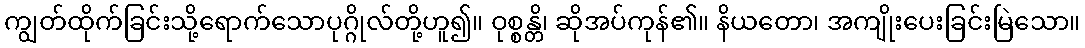
ကျွတ်ထိုက်ခြင်းသို့ရောက်သောပုဂ္ဂိုလ်တို့ဟူ၍။ ဝုစ္စန္တိ၊ ဆိုအပ်ကုန်၏။ နိယတော၊ အကျိုးပေးခြင်းမြဲသော။